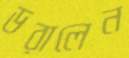
ডরালেন